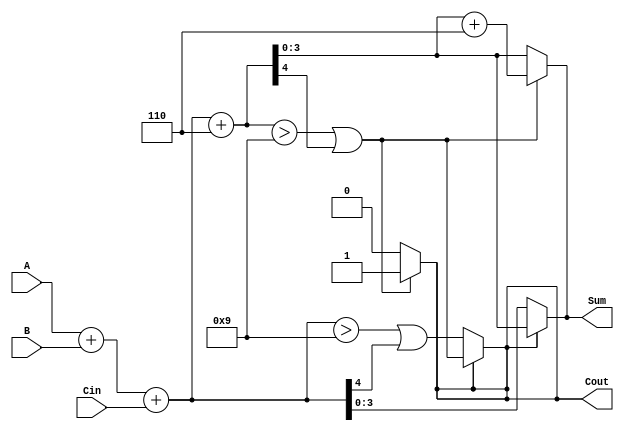
module BCD_MCSA (
    input [3:0] A,      // BCD input A
    input [3:0] B,      // BCD input B
    input Cin,          // Carry-in
    output reg [3:0] Sum, // BCD output Sum
    output reg Cout      // Carry-out
);

    wire [4:0] Sum0;    // Sum if carry is 0 (5 bits for overflow)
    wire [4:0] Sum1;    // Sum if carry is 1 (5 bits for overflow)
    wire Cout0, Cout1;  // Carry-out for both scenarios

    // Initial addition for both carry scenarios
    assign Sum0 = A + B + Cin;                // Sum when carry is 0
    assign Sum1 = A + B + Cin + 5'b00110;     // Sum when carry is 1 (adding 6 for BCD correction)
    
    // Generate carry-out for both sums
    assign Cout0 = (Sum0 > 9) || (Sum0[4]);  // Carry-out for Sum0
    assign Cout1 = (Sum1 > 9) || (Sum1[4]);  // Carry-out for Sum1

    // BCD correction logic
    always @(*) begin
        if (Cout0) begin
            Sum = Sum0 + 4'b0110; // Correct Sum0 if it exceeds BCD range
            Cout = 1'b1;          // Set carry-out
        end else begin
            Sum = Sum0;           // No correction needed
            Cout = 1'b0;          // No carry
        end

        if (Cout1) begin
            Sum = Sum1 + 4'b0110; // Correct Sum1 if it exceeds BCD range
            Cout = 1'b1;          // Set carry-out
        end else begin
            Sum = Sum1;           // No correction needed
            Cout = 1'b0;          // No carry
        end
    end

    // Multiplexer to select final sum based on carry-out
    always @(*) begin
        if (Cout) begin
            Sum = Sum1[3:0];    // Select Sum1 if Cout is 1
            Cout = Cout1;       // Set carry-out from Sum1
        end else begin
            Sum = Sum0[3:0];    // Select Sum0 if Cout is 0
            Cout = Cout0;       // Set carry-out from Sum0
        end
    end

endmodule